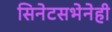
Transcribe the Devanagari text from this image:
सिनेटसभेनेही